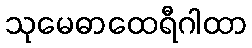
သုမေဓာထေရီဂါထာ